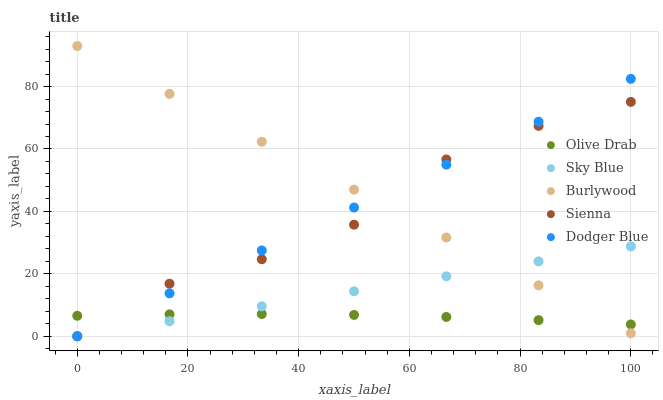
| xaxis_label | Olive Drab | Sky Blue | Burlywood | Sienna | Dodger Blue |
 | --- | --- | --- | --- | --- | --- |
 | 0 | 6.56 | 0 | 93 | 0 | 0 |
 | 16.7 | 7.03 | 4.8 | 77.7 | 16.8 | 13.7 |
 | 33.3 | 7.12 | 9.6 | 62.3 | 24.7 | 27.5 |
 | 50 | 6.84 | 14.4 | 47 | 35.7 | 41.2 |
 | 66.7 | 6.19 | 19.2 | 31.7 | 56.6 | 55 |
 | 83.3 | 5.16 | 24 | 16.3 | 67.4 | 68.7 |
 | 100 | 3.77 | 28.8 | 0.976 | 75.1 | 82.5 |